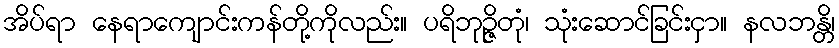
အိပ်ရာ နေရာကျောင်းကန်တို့ကိုလည်း။ ပရိဘုဉ္ဇိတုံ၊ သုံးဆောင်ခြင်းငှာ။ နလဘန္တိ၊